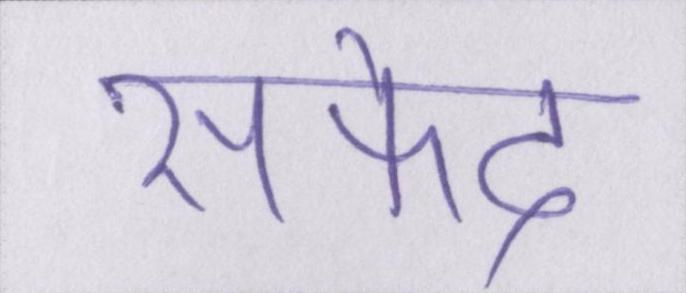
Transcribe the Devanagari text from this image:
सफेद